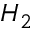
H _ { 2 }